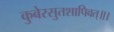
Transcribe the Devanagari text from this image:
कुबेरसुतशापिवत्‌॥।